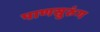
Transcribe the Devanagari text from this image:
पाणसुरुंग